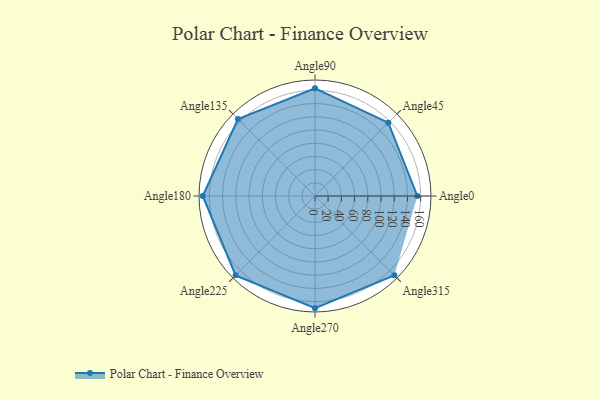
{"axis": {"x": "Angle", "y": "Radius"}, "legend": [""], "data": [{"x": "Angle0", "y": 155.0, "type": ""}, {"x": "Angle45", "y": 157.0, "type": ""}, {"x": "Angle90", "y": 163.0, "type": ""}, {"x": "Angle135", "y": 165.0, "type": ""}, {"x": "Angle180", "y": 170, "type": ""}, {"x": "Angle225", "y": 170, "type": ""}, {"x": "Angle270", "y": 170, "type": ""}, {"x": "Angle315", "y": 170, "type": ""}]}